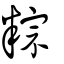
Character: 粽